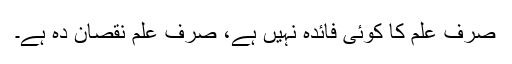
صرف علم کا کوئی فائدہ نہیں ہے، صرف علم نقصان دہ ہے۔